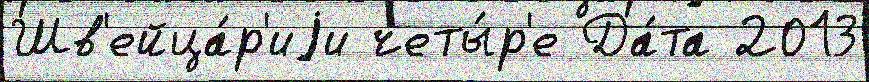
Шв'ейца́р'иjи четы́р'е Да́та 2013